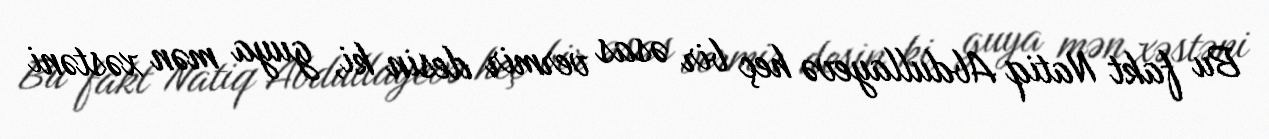
Bu fakt Natiq Abdullayevə heç bir əsas vermir desin ki, guya mən xəstəni